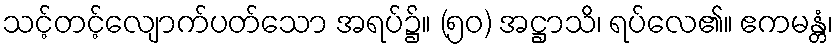
သင့်တင့်လျောက်ပတ်သော အရပ်၌။ (၅၀) အဋ္ဌာသိ၊ ရပ်လေ၏။ ဧကမန္တံ၊